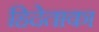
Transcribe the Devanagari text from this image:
हिदेताका